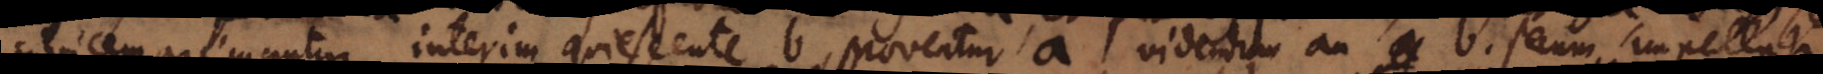
invicem premantur, interim quiescente b, moveatur a, videndum an b secum impellat.